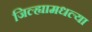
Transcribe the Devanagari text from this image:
जिल्ह्यामधल्या